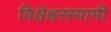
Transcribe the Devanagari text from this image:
विश्वेश्वरस्वामी